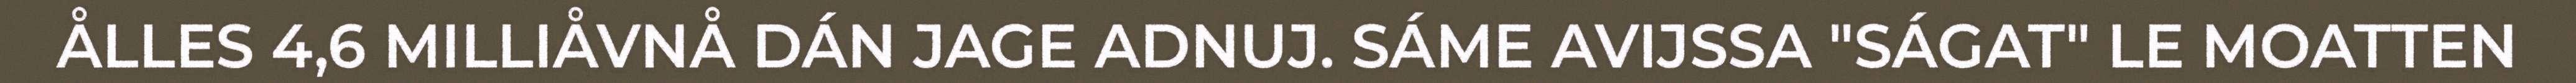
ÅLLES 4,6 MILLIÅVNÅ DÁN JAGE ADNUJ. SÁME AVIJSSA "SÁGAT" LE MOATTEN